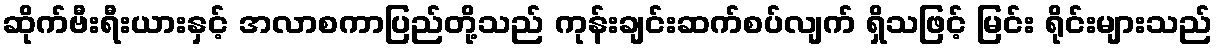
ဆိုက်ဗီးရီးယားနှင့် အလာစကာပြည်တို့သည် ကုန်းချင်းဆက်စပ်လျက် ရှိသဖြင့် မြင်း ရိုင်းများသည်